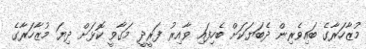
މުޒާހަރާގެ ބައިވެރިން ދެބަޔަކަށް ބެހިފައި ވާއިރު ފަރީދީ މަގާވީ ކޮޅަށް ދިޔަ މުޒާހަރާގެ